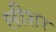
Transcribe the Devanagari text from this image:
लीशर